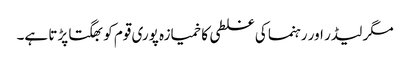
مگر لیڈر اور رہنما کی غلطی کا خمیازہ پوری قوم کو بھگتا پڑتا ہے۔